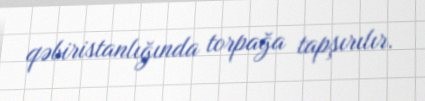
qəbiristanlığında torpağa tapşırılır.